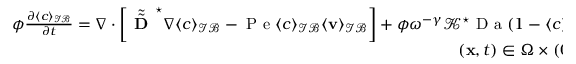
\begin{array} { r } { \phi \frac { \partial \langle c \rangle _ { \mathcal { I B } } } { \partial t } = \nabla \cdot \left[ \tilde { \tilde { \textbf { D } } } ^ { \star } \nabla \langle c \rangle _ { \mathcal { I B } } - \mathrm { ~ P ~ e ~ } \langle c \rangle _ { \mathcal { I B } } \langle \mathbf v \rangle _ { \mathcal { I B } } \right] + \phi \omega ^ { - \gamma } \mathcal { K } ^ { \star } \mathrm { ~ D ~ a ~ } ( 1 - \langle c \rangle _ { \mathcal { I B } } ^ { a } ) , } \\ { ( \mathbf x , t ) \in \Omega \times ( 0 , T ) , } \end{array}